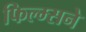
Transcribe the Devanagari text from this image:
फिल्म्सने